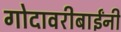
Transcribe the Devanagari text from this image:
गोदावरीबाईंनी